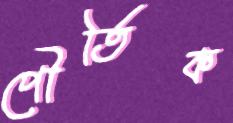
পৌর্তিক